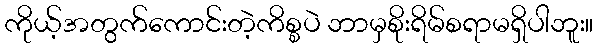
ကိုယ့်အတွက်ကောင်းတဲ့ကိစ္စပဲ ဘာမှစိုးရိမ်စရာမရှိပါဘူး။